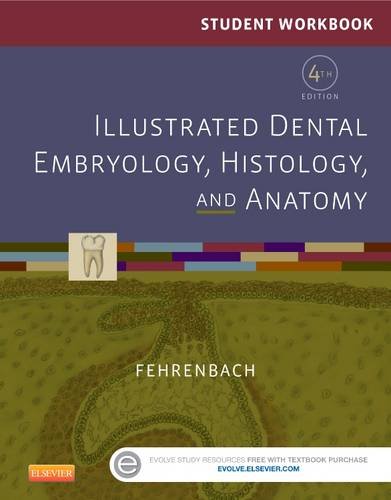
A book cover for Student Workbook for Illustrated Dental Embryology, Histology and Anatomy, 4e; Margaret J. Fehrenbach RDH  MS; Medical Books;